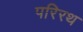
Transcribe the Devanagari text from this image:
परिरथ